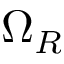
\Omega _ { R }